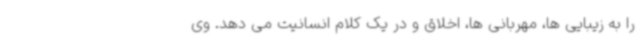
را به زیبایی ها، مهربانی ها، اخلاق و در یک کلام انسانیت می دهد. وی